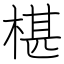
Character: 椹